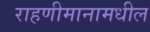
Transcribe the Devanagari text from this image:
राहणीमानामधील